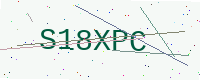
Text: S18XPC